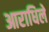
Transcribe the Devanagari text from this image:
आराधिले